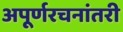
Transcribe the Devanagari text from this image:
अपूर्णरचनांतरी